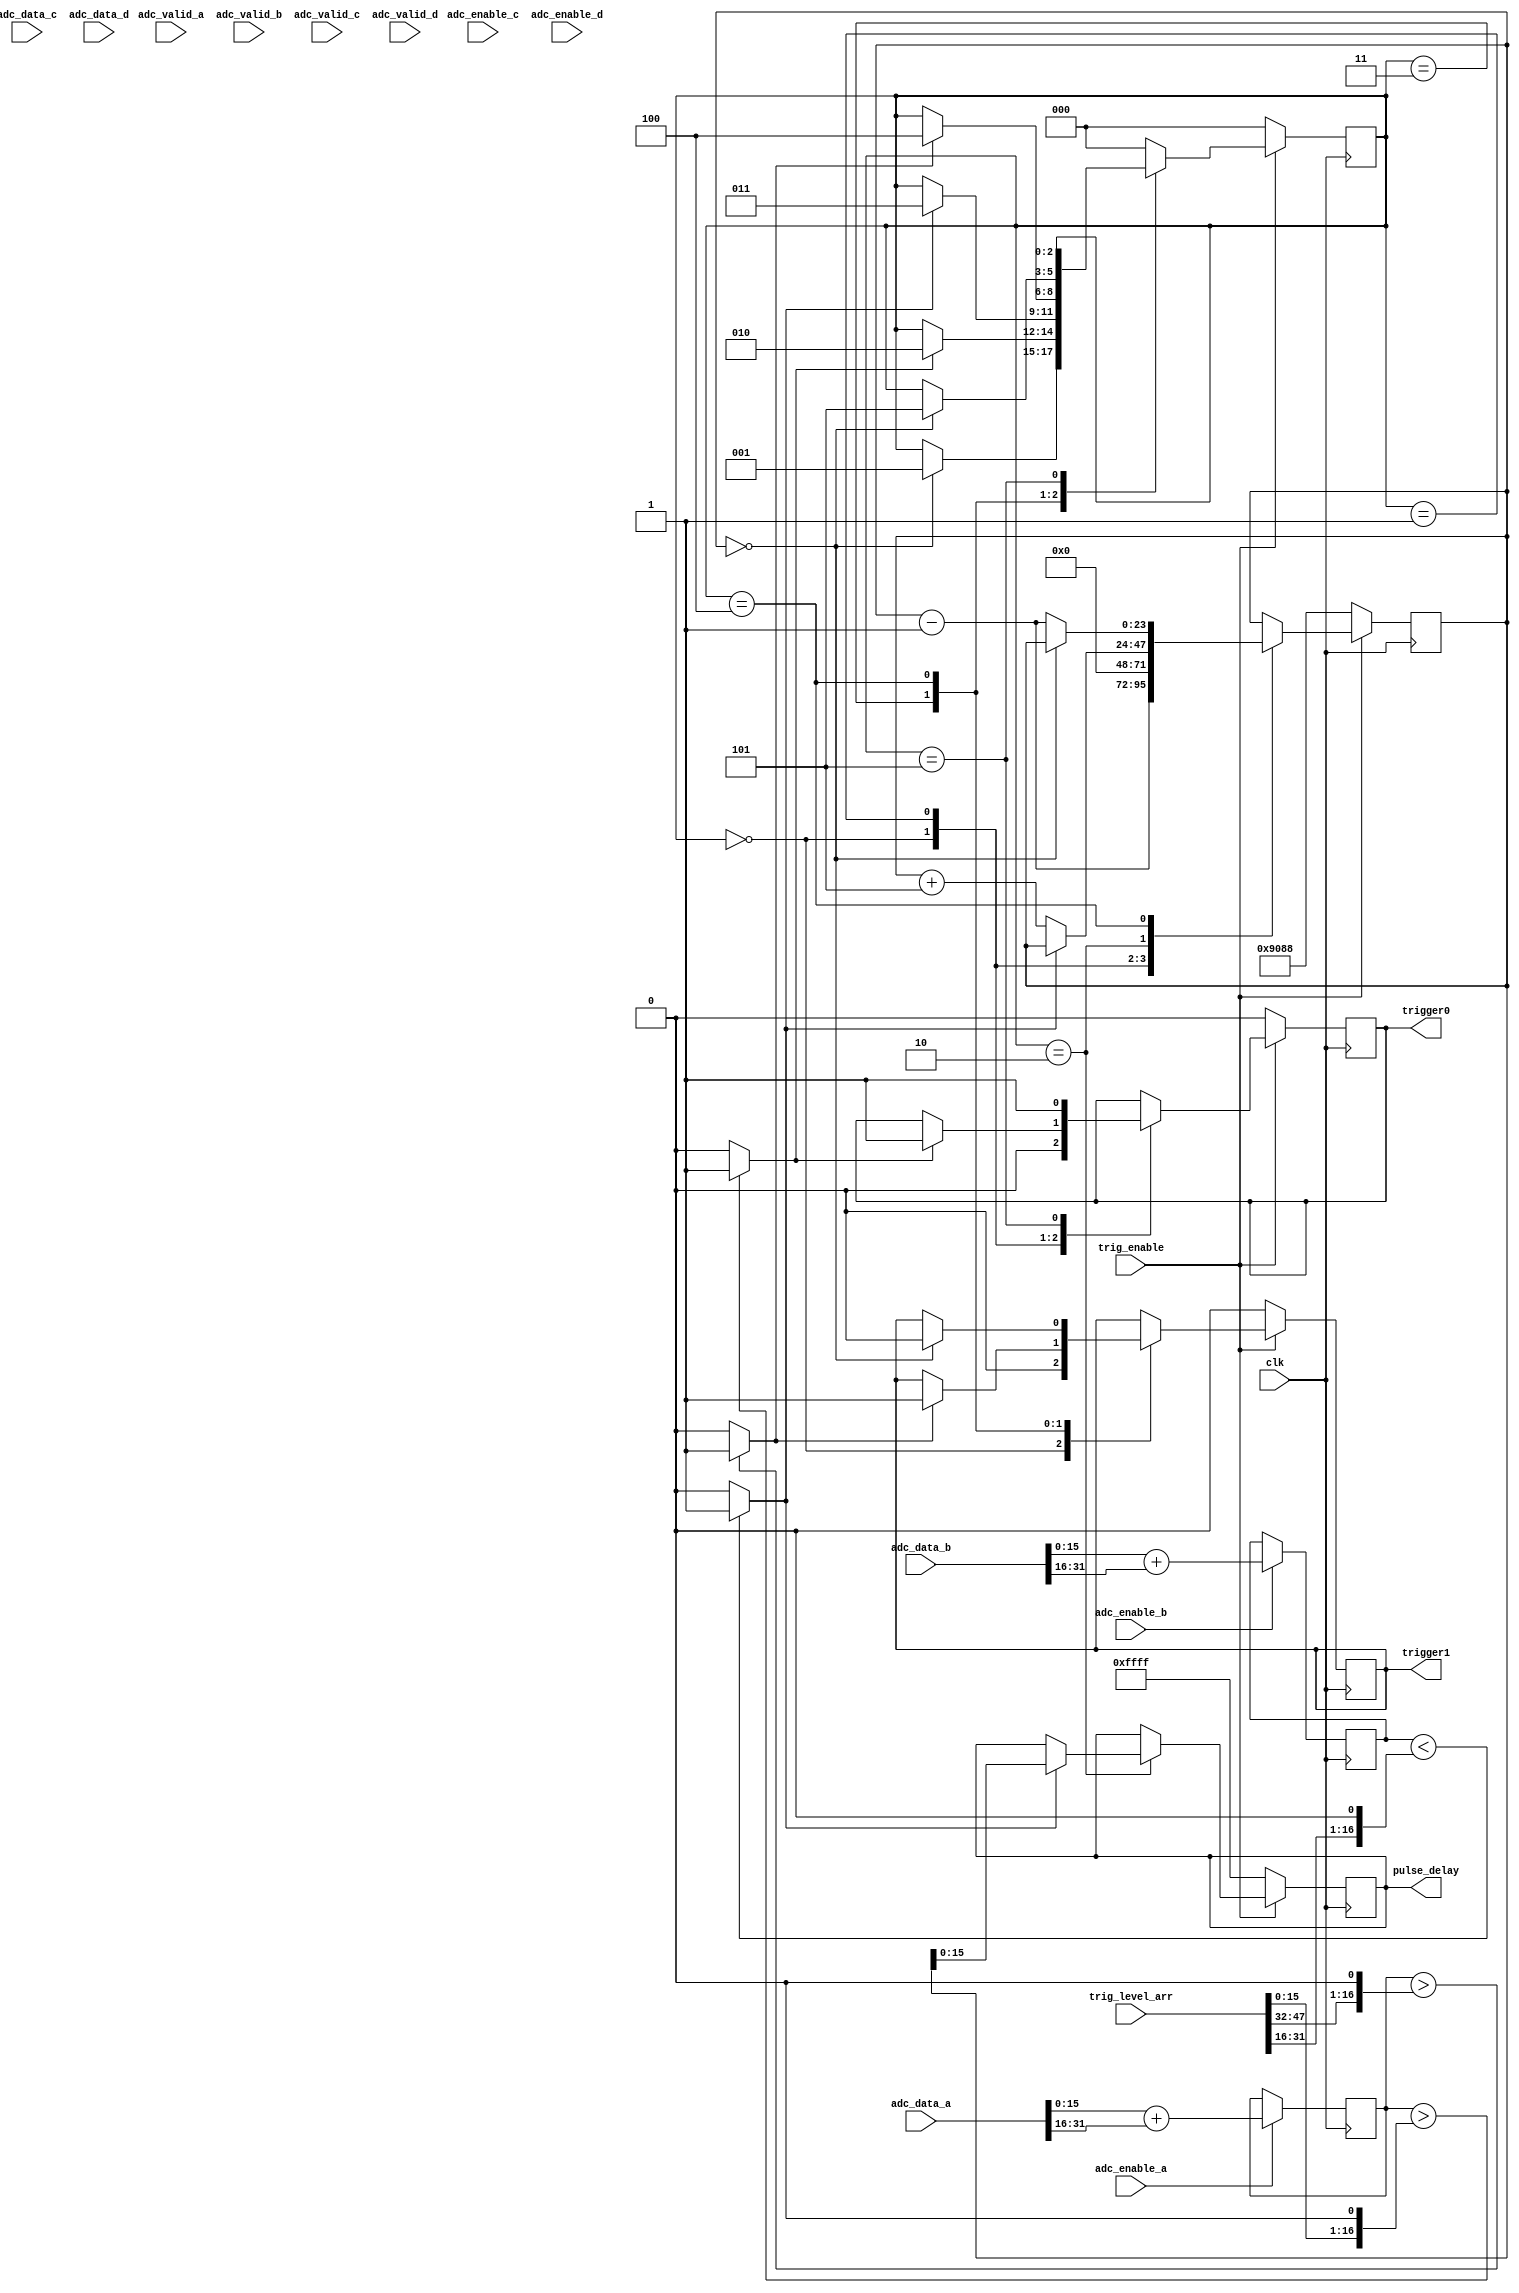
`timescale 1ns / 1ps
//////////////////////////////////////////////////////////////////////////////////
// Company: 
// Engineer: 
// 
// Design Name: 
// Module Name: trigger_gen
// Project Name: 
// Target Devices: 
// Tool Versions: 
// Description: 
// 
// Dependencies: 
// 
// Revision:
// Revision 0.01 - File Created
// Additional Comments:
//
//
// Copyright 2018 IPFN-Instituto Superior Tecnico, Portugal
// Creation Date   04/30/2018 03:15:44 PM 
//
// Licensed under the EUPL, Version 1.2 or - as soon they
// will be approved by the European Commission - subsequent
// versions of the EUPL (the "Licence");
//
// You may not use this work except in compliance with the
// Licence.
// You may obtain a copy of the Licence at:
//
// https://joinup.ec.europa.eu/software/page/eupl
//
// Unless required by applicable law or agreed to in
// writing, software distributed under the Licence is
// distributed on an "AS IS" basis,
// WITHOUT WARRANTIES OR CONDITIONS OF ANY KIND, either
// express or implied.
// See the Licence for the specific language governing
// permissions and limitations under the Licence.
//
// 
//////////////////////////////////////////////////////////////////////////////////


module trigger_gen #(
  parameter     ADC_DATA_WIDTH = 16)  // ADC is 14 bit, but data is 16
  (
    input clk,      // 125 Mhz , two samples per clock
    input [31:0] adc_data_a,
    input adc_enable_a,
    input adc_valid_a,
    input [31:0] adc_data_b,
    input adc_enable_b,
    input adc_valid_b,
    input [31:0] adc_data_c,
    input adc_enable_c,
    input adc_valid_c,
    input [31:0] adc_data_d,
    input adc_enable_d,
    input adc_valid_d,
    
    input trig_enable,  // Enable/Reset State Machine
    input  [47:0] trig_level_arr, // 3 trigger levels
    //input  [1:0]   trig_level_addr,
    //input  trig_level_wrt, // registers write enable
    //input  [15:0] trig_level_data,

    output [15:0] pulse_delay,  // Diference Pulse_0 -> Pulse_1 
    output trigger0,
    output trigger1
    );
/*********** Function Declarations ***************/

function signed [ADC_DATA_WIDTH:0] adc_channel_mean_f;  // 17 bit for sum headroom
	 input [ADC_DATA_WIDTH-1:0] adc_data_first;
	 input [ADC_DATA_WIDTH-1:0] adc_data_second;
	 
     reg signed [ADC_DATA_WIDTH:0] adc_ext_1st; 
     reg signed [ADC_DATA_WIDTH:0] adc_ext_2nd; 
	   begin 	
            adc_ext_1st = $signed({adc_data_first[ADC_DATA_WIDTH-1],  adc_data_first}); // sign extend
            adc_ext_2nd = $signed({adc_data_second[ADC_DATA_WIDTH-1], adc_data_second}); 
            adc_channel_mean_f = adc_ext_1st + adc_ext_2nd;
	  end 
  endfunction

function  trigger_rising_eval_f;
	input signed [ADC_DATA_WIDTH:0] adc_channel_mean;
	input signed [ADC_DATA_WIDTH-1:0] trig_lvl;
    
    reg signed [ADC_DATA_WIDTH:0] trig_lvl_ext; 
	begin 
       trig_lvl_ext          = $signed({trig_lvl, 1'b0}); // Mult * 2 with sign 
       trigger_rising_eval_f =(adc_channel_mean > trig_lvl_ext)? 1'b1: 1'b0;
    end 
endfunction

function  trigger_falling_eval_f;
	input signed [ADC_DATA_WIDTH:0] adc_channel_mean;
	input signed [ADC_DATA_WIDTH-1:0] trig_lvl;
	
	reg signed [ADC_DATA_WIDTH:0] trig_lvl_ext; 
	begin 	
        trig_lvl_ext = $signed({trig_lvl, 1'b0}); // Mult * 2  with  sign extend
        trigger_falling_eval_f =(adc_channel_mean < trig_lvl_ext)? 1'b1: 1'b0;
    end 
endfunction

/*********** End Function Declarations ***************/

/************ Trigger Logic ************/
	/* ADC Data comes in pairs. Compute mean, or this case simply add */
	reg signed [ADC_DATA_WIDTH:0] adc_mean_a, adc_mean_b, adc_mean_c, adc_mean_d ;
	always @(posedge clk) begin
         if (adc_enable_a)  // Use adc_valid_a ?
            adc_mean_a <= adc_channel_mean_f(adc_data_a[15:0], adc_data_a[31:16]); // check order (not really necessary, its a mean...)
         if (adc_enable_b)  // Use adc_valid_b ?
            adc_mean_b <= adc_channel_mean_f(adc_data_b[15:0], adc_data_b[31:16]); 
         if (adc_enable_c)  
            adc_mean_c <= adc_channel_mean_f(adc_data_c[15:0], adc_data_c[31:16]); 
         if (adc_enable_d)  
            adc_mean_d <= adc_channel_mean_f(adc_data_d[15:0], adc_data_d[31:16]); 
	end

	reg  trigger0_r;
    assign trigger0 = trigger0_r; 
    
	reg  trigger1_r = 0;
    assign trigger1 = trigger1_r; 
/*
    reg  signed [15:0]  trig_level_a_reg=0;       
    reg  signed [15:0]  trig_level_b_reg=0;       
    reg  signed [15:0]  trig_level_c_reg=0;   
 */   
    wire  signed [15:0]  trig_level_a = trig_level_arr[15:0]; 
    wire  signed [15:0]  trig_level_b = trig_level_arr[31:16]; 
    wire  signed [15:0]  trig_level_c = trig_level_arr[47:32];         
    
     reg [15:0] pulse_delay_r;
     assign pulse_delay = pulse_delay_r;
    
	 localparam IDLE    = 3'b000;
     localparam READY   = 3'b001;
     localparam PULSE0  = 3'b010;
     localparam PULSE1  = 3'b011;
     localparam PULSE2  = 3'b100;
     localparam TRIGGER = 3'b101;
     
     localparam WAIT_WIDTH = 24;
     
     reg [WAIT_WIDTH-1:0] wait_cnt = 0; // {WAIT_WIDTH{1'b1}}
 
    // (* mark_debug = "true" *) 
    reg [2:0] state = IDLE;
     
    always @(posedge clk)
       if (!trig_enable) begin
          state <= IDLE;
          trigger0_r  <=  0; 
          trigger1_r  <=  0; 
          wait_cnt <= 24'd37000; //* 8ns Initial Idle Time  = 0.3 ms , Max 16777215 134 ms
          pulse_delay_r  <=  16'hFFFF; 
      
       end
       else
          case (state)
             IDLE: begin        // Sleeping 
                trigger0_r  <=  0; 
                trigger1_r  <=  0; 
                wait_cnt <= wait_cnt - 1;
                if (wait_cnt == {WAIT_WIDTH{1'b0}})
                   state <= READY;
             end
             READY: begin // Armed: Waiting first pulse
                if (trigger_rising_eval_f(adc_mean_a, trig_level_a)) begin 
                   state <= PULSE0;
                   trigger0_r  <=  1'b1; 
                end   
    //            trigger1_r  <=  0; 
                wait_cnt <= 0;
             end
             PULSE0 : begin // Got first pulse. Waiting Second
      //          trigger0_r <=  1'b0; 
//                if (trigger_falling_eval_f(adc_mean_b, trig_level_b_reg)) begin // Testing  negative edge of input b
               
                if (trigger_falling_eval_f(adc_mean_b, trig_level_b)) begin // Testing  negative edge of input b
                    state <= PULSE1;
                    pulse_delay_r  <=  wait_cnt[15:0]; // Save waiting Time
                end
                else 
                    wait_cnt   <=  wait_cnt + 8'd5; // increase 5 time units
             end
             PULSE1 : begin   // Waiting Third Pulse 
                if (trigger_rising_eval_f(adc_mean_a, trig_level_c)) begin 
                    trigger1_r <=  1'b1; 
                    state <= PULSE2;
                end   
             end
             PULSE2 : begin   // Got Third pulse. Waiting calculated delay
                if (wait_cnt == {WAIT_WIDTH{1'b0}}) begin
                   trigger1_r <=  1'b0; 
                   state <= TRIGGER;
                end
                else
                    wait_cnt <= wait_cnt - 1;
             end
             TRIGGER : begin // End Trigger
                trigger0_r <=  1'b1; 
 //                    state <= IDLE;
             end
             default :  
                     state <= IDLE;
          endcase

/*
// Write Trigger Level Registers
   always @(posedge clk)
        if (trig_level_wrt)
                 case (trig_level_addr)
 //                   2'b00:  
                    2'b01: trig_level_a_reg  <=  trig_level_data; 
                    2'b10: trig_level_b_reg  <=  trig_level_data; 
                    2'b11: trig_level_c_reg  <=  trig_level_data; 
                    //                    2'b11:
                    default : ;  
                 endcase
    */                       
	
endmodule